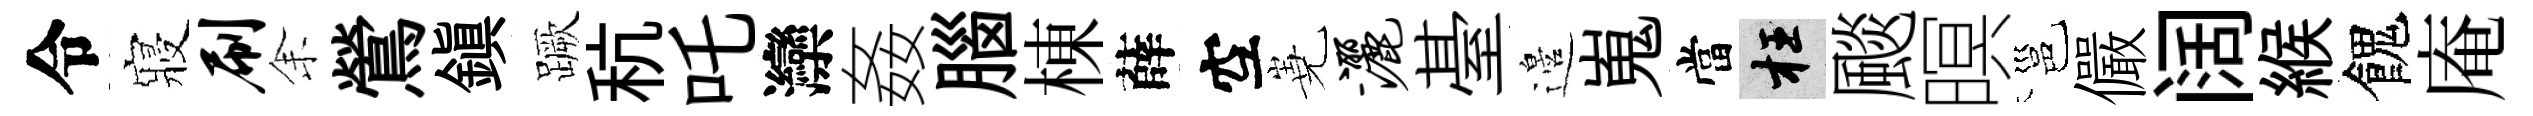
令寢刷𪜬鶯鎮蹶秔吒灤姦腦棟薛空嶤洒䑓邉嵬當枉颷暝邕儼阔緱餽庵